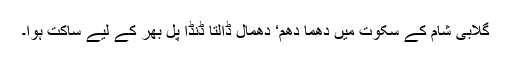
گلابی شام کے سکوت میں دھما دھم‘ دھمال ڈالتا ڈنڈا پل بھر کے لیے ساکت ہوا۔